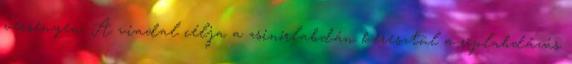
versenyen. A viadal célja a zsinórlabdán keresztül a röplabdázás